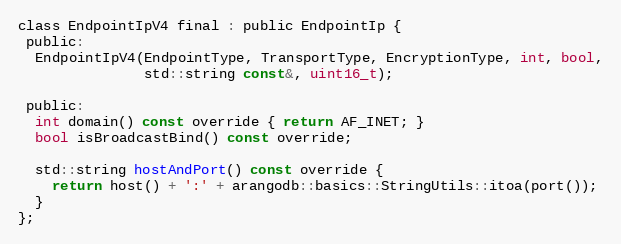
Language: C
class EndpointIpV4 final : public EndpointIp {
 public:
  EndpointIpV4(EndpointType, TransportType, EncryptionType, int, bool,
               std::string const&, uint16_t);

 public:
  int domain() const override { return AF_INET; }
  bool isBroadcastBind() const override;

  std::string hostAndPort() const override {
    return host() + ':' + arangodb::basics::StringUtils::itoa(port());
  }
};